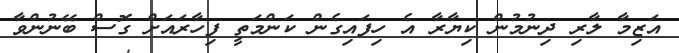
އަޒިމާ ލާރި ދިނުމުން ކިޔާރާ އެ ހިފައިގެން ކަންމަތީ ފިހާރައަށް ގޮސް ބޭނުންވާ